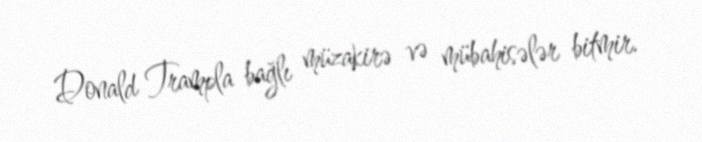
Donald Trampla bağlı müzakirə və mübahisələr bitmir.